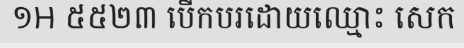
១H ៥៥២៣ បើកបរដោយឈ្មោះ សេក